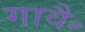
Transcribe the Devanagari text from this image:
गावै॰